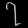
Digit: ၇